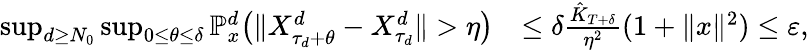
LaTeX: \begin{array}{rl}{\operatorname*{sup}_{d\geq N_{0}}\operatorname*{sup}_{0\leq\theta\leq\delta}\mathbb{P}_{x}^{d}\big(\| X_{\tau_{d}+\theta}^{d}-X_{\tau_{d}}^{d}\| >\eta\big)}&{\leq\delta\frac{\hat{K}_{T+\delta}}{\eta^{2}}(1+\| x\| ^{2})\leq\varepsilon,}\end{array}